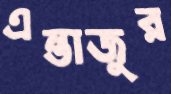
এন্তাজুর